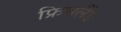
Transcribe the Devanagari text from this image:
फ्रिसलैंड